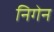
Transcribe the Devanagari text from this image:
निगेन